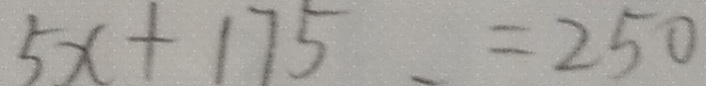
5 x + 1 7 5 = 2 5 0